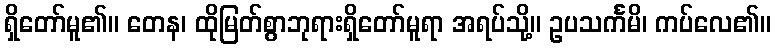
ရှိတော်မူ၏။ တေန၊ ထိုမြတ်စွာဘုရားရှိတော်မူရာ အရပ်သို့။ ဥပသင်္ကမိ၊ ကပ်လေ၏။